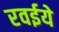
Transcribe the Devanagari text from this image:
रवईये